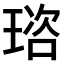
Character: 𤦿